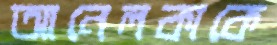
আনেলকাকে